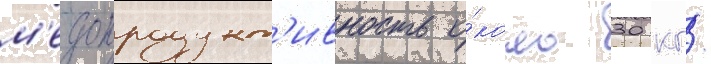
м'едопродукт'ивность о́коло 30 кг/